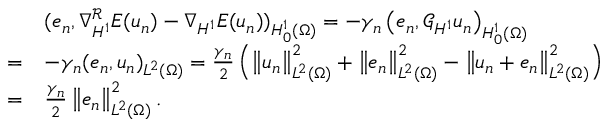
\begin{array} { r l } & { ( e _ { n } , \nabla _ { H ^ { 1 } } ^ { \mathcal { R } } E ( u _ { n } ) - \nabla _ { H ^ { 1 } } E ( u _ { n } ) ) _ { H _ { 0 } ^ { 1 } ( \Omega ) } = - \gamma _ { n } \left( e _ { n } , \mathcal { G } _ { H ^ { 1 } } u _ { n } \right) _ { H _ { 0 } ^ { 1 } ( \Omega ) } } \\ { = } & { - \gamma _ { n } ( e _ { n } , u _ { n } ) _ { L ^ { 2 } ( \Omega ) } = \frac { \gamma _ { n } } { 2 } \left( \left\Vert u _ { n } \right\Vert _ { L ^ { 2 } ( \Omega ) } ^ { 2 } + \left\Vert e _ { n } \right\Vert _ { L ^ { 2 } ( \Omega ) } ^ { 2 } - \left\Vert u _ { n } + e _ { n } \right\Vert _ { L ^ { 2 } ( \Omega ) } ^ { 2 } \right) } \\ { = } & { \frac { \gamma _ { n } } { 2 } \left\Vert e _ { n } \right\Vert _ { L ^ { 2 } ( \Omega ) } ^ { 2 } . } \end{array}